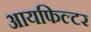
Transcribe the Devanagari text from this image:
आयफिल्टर